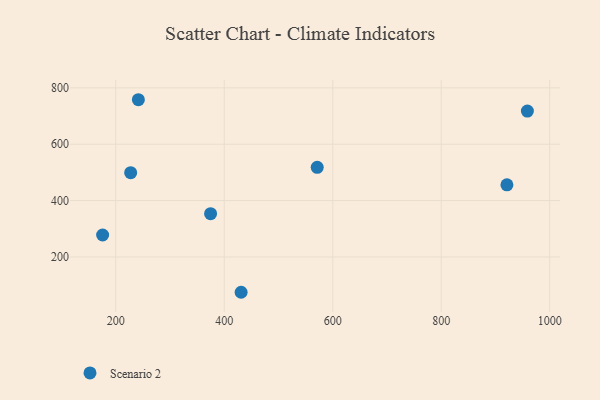
{"axis": {"x": "Engine Size", "y": "Profit"}, "legend": ["Scenario 2"], "data": [{"x": "175.8", "y": 278.0, "type": "Scenario 2"}, {"x": "571.4", "y": 518.0, "type": "Scenario 2"}, {"x": "958.8", "y": 717.6, "type": "Scenario 2"}, {"x": "431.1", "y": 74.9, "type": "Scenario 2"}, {"x": "227.5", "y": 499.3, "type": "Scenario 2"}, {"x": "921.1", "y": 456.2, "type": "Scenario 2"}, {"x": "374.8", "y": 353.6, "type": "Scenario 2"}, {"x": "241.7", "y": 757.9, "type": "Scenario 2"}]}